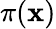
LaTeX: \pi(\mathbf{x})